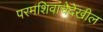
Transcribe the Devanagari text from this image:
परमशिवांचेदेखील